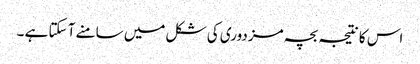
اس کا نتیجہ بچہ مزدوری کی شکل میں سامنے آ سکتا ہے ۔